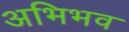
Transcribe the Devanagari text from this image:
अभिभव